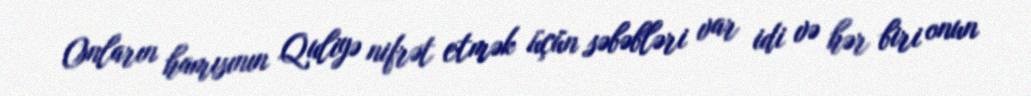
Onların hamısının Quliyə nifrət etmək üçün səbəbləri var idi və hər biri onun